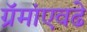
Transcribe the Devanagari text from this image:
ग्रॅमांएवढे